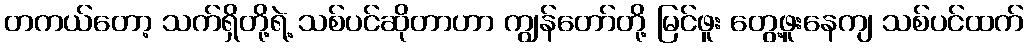
တကယ်တော့ သက်ရှိတို့ရဲ့ သစ်ပင်ဆိုတာဟာ ကျွန်တော်တို့ မြင်ဖူး တွေ့ဖူးနေကျ သစ်ပင်ထက်